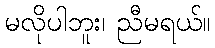
မလိုပါဘူး၊ ညီမရယ်။